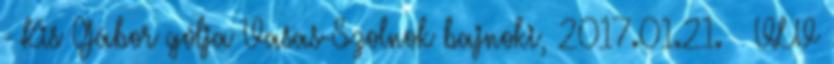
- Kis Gábor gólja Vasas-Szolnok bajnoki, 2017.01.21. VLV